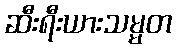
ဆီးရီးယားသမ္မတ